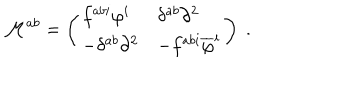
LaTeX: \mathcal { M } ^ { a b } = \left( \begin{array} { l l } { { f ^ { a b i } \varphi ^ { i } } } & { { \delta ^ { a b } \partial ^ { 2 } } } \\ { { - \delta ^ { a b } \partial ^ { 2 } } } & { { - f ^ { a b i } \overline { { { \varphi } } } ^ { i } } } \\ \end{array} \right) \; .